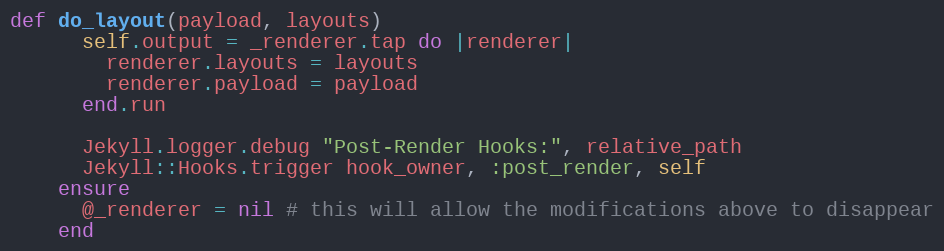
Language: Ruby
def do_layout(payload, layouts)
      self.output = _renderer.tap do |renderer|
        renderer.layouts = layouts
        renderer.payload = payload
      end.run

      Jekyll.logger.debug "Post-Render Hooks:", relative_path
      Jekyll::Hooks.trigger hook_owner, :post_render, self
    ensure
      @_renderer = nil # this will allow the modifications above to disappear
    end